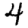
Digit: 4